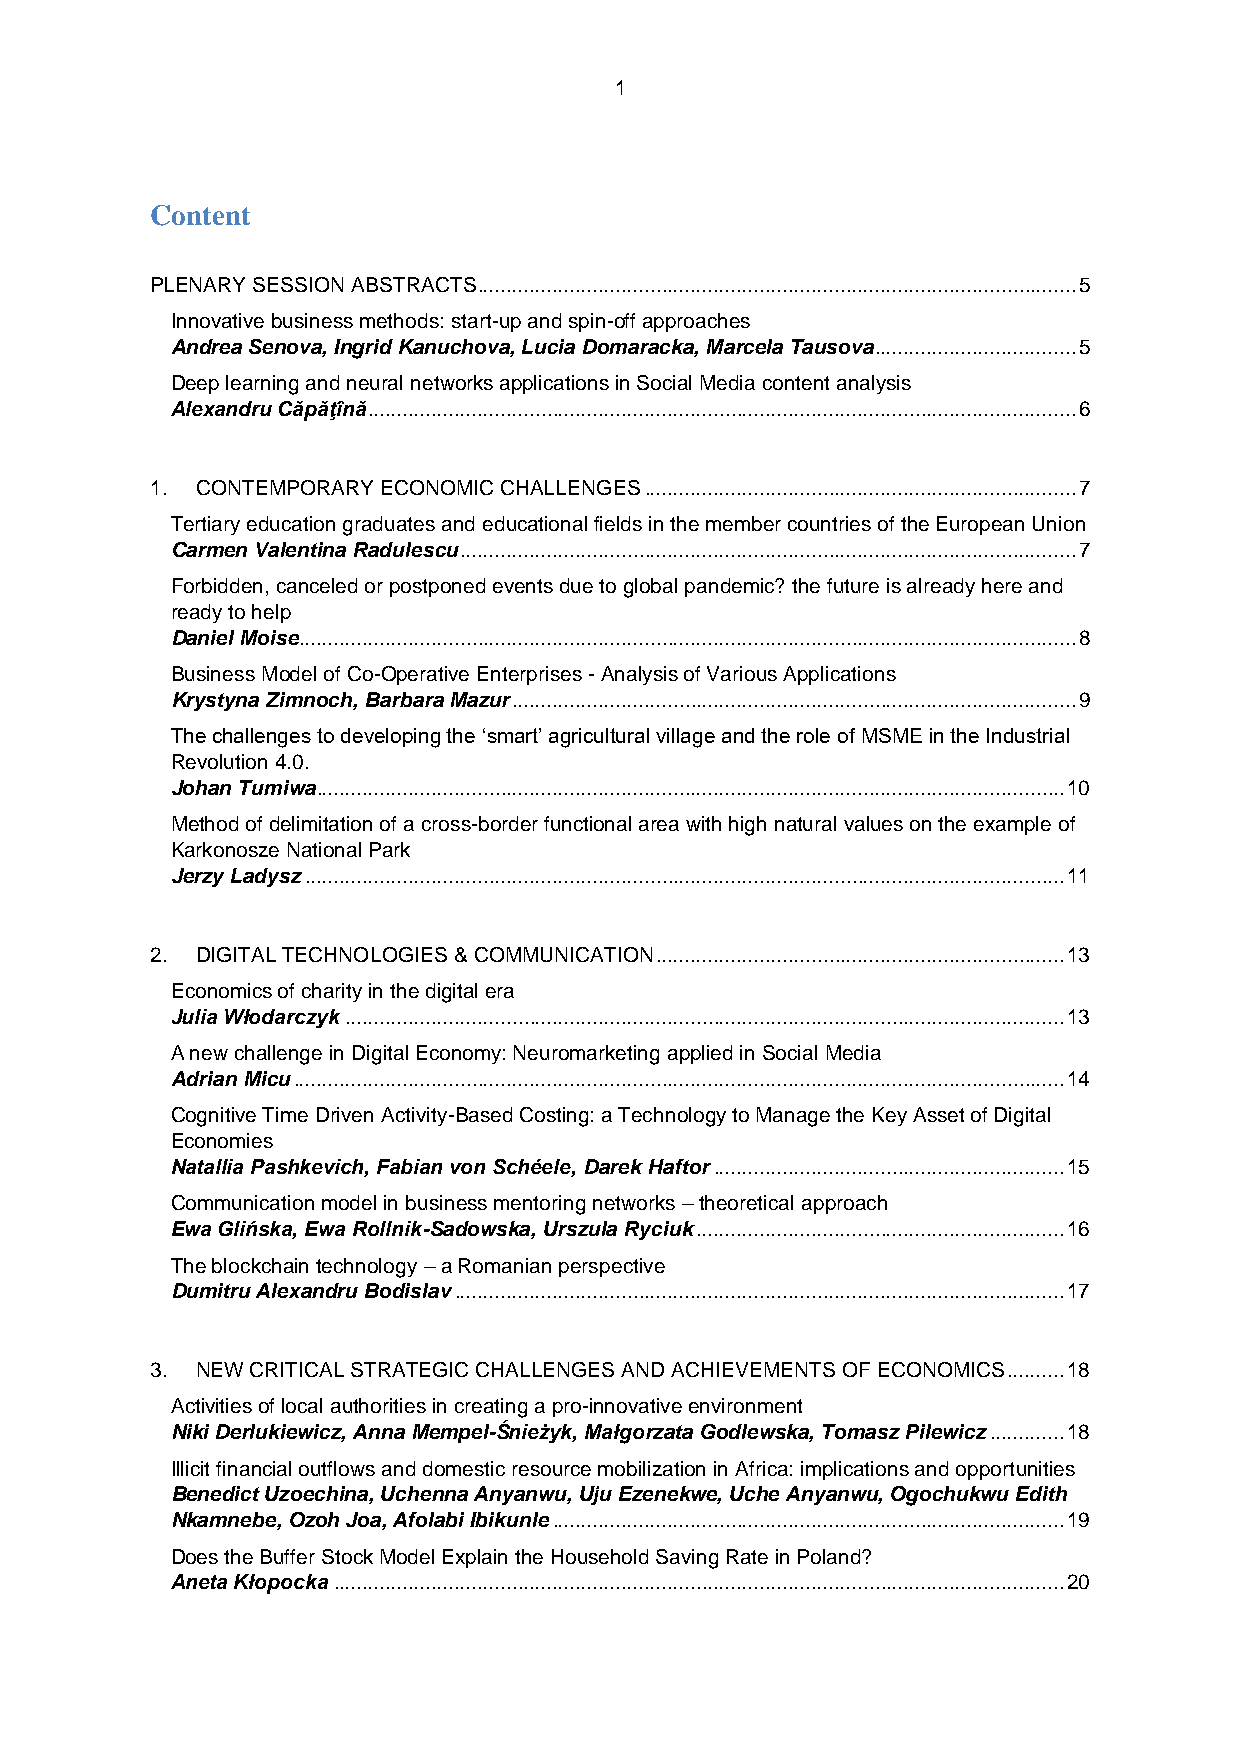
1
 Content
 PLENARY SESSION ABSTRACTS ........................................................................................................ 5
 Innovative business methods: start-up and spin-off approaches
 Andrea Senova, Ingrid Kanuchova, Lucia Domaracka, Marcela Tausova ................................... 5
 Deep learning and neural networks applications in Social Media content analysis
 Alexandru Căpăţînă ........................................................................................................................... 6
 1. CONTEMPORARY ECONOMIC CHALLENGES ........................................................................... 7
 Tertiary education graduates and educational fields in the member countries of the European Union
 Carmen Valentina Radulescu ........................................................................................................... 7
 Forbidden, canceled or postponed events due to global pandemic? the future is already here and
 ready to help
 Daniel Moise ....................................................................................................................................... 8
 Business Model of Co-Operative Enterprises - Analysis of Various Applications
 Krystyna Zimnoch, Barbara Mazur .................................................................................................. 9
 The challenges to developing the ‘smart’ agricultural village and the role of MSME in the Industrial
 Revolution 4.0.
 Johan Tumiwa .................................................................................................................................. 10
 Method of delimitation of a cross-border functional area with high natural values on the example of
 Karkonosze National Park
 Jerzy Ladysz .................................................................................................................................... 11
 2. DIGITAL TECHNOLOGIES & COMMUNICATION ....................................................................... 13
 Economics of charity in the digital era
 Julia Włodarczyk ............................................................................................................................. 13
 A new challenge in Digital Economy: Neuromarketing applied in Social Media
 Adrian Micu ...................................................................................................................................... 14
 Cognitive Time Driven Activity-Based Costing: a Technology to Manage the Key Asset of Digital
 Economies
 Natallia Pashkevich, Fabian von Schéele, Darek Haftor ............................................................. 15
 Communication model in business mentoring networks – theoretical approach
 Ewa Glińska, Ewa Rollnik-Sadowska, Urszula Ryciuk ................................................................ 16
 The blockchain technology – a Romanian perspective
 Dumitru Alexandru Bodislav .......................................................................................................... 17
 3. NEW CRITICAL STRATEGIC CHALLENGES AND ACHIEVEMENTS OF ECONOMICS .......... 18
 Activities of local authorities in creating a pro-innovative environment
 Niki Derlukiewicz, Anna Mempel-Śnieżyk, Małgorzata Godlewska, Tomasz Pilewicz ............. 18
 Illicit financial outflows and domestic resource mobilization in Africa: implications and opportunities
 Benedict Uzoechina, Uchenna Anyanwu, Uju Ezenekwe, Uche Anyanwu, Ogochukwu Edith
 Nkamnebe, Ozoh Joa, Afolabi Ibikunle ......................................................................................... 19
 Does the Buffer Stock Model Explain the Household Saving Rate in Poland?
 Aneta Kłopocka ............................................................................................................................... 20